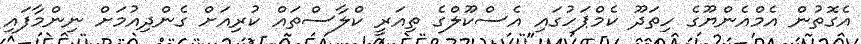
އެގޮތުން އެމްއެންޔޫގެ ހިތަދޫ ކެމްޕަހުގައި އެސްކޫލްގެ ތިއަރީ ކްލާސްތައް ކުރިއަށް ގެންދިއުމަށް ނިންމާފައި